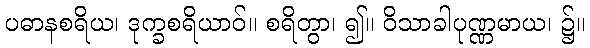
ပဓာနစရိယ၊ ဒုက္ခစရိယာဝ်။ စရိတွာ၊ ၍။ ဝိသာခါပုဏ္ဏမာယ၊ ၌။